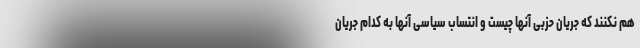
هم نکنند که جریان حزبی آنها چیست و انتساب سیاسی آنها به کدام جریان